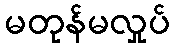
မတုန်မလှုပ်